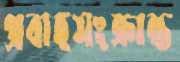
প্রবাহসংক্রান্ত